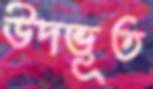
উদভূত